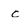
Character: c